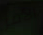
الأمر